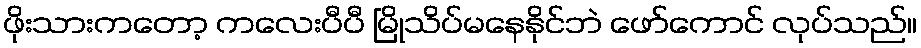
ဖိုးသားကတော့ ကလေးပီပီ မြိုသိပ်မနေနိုင်ဘဲ ဖော်ကောင် လုပ်သည်။